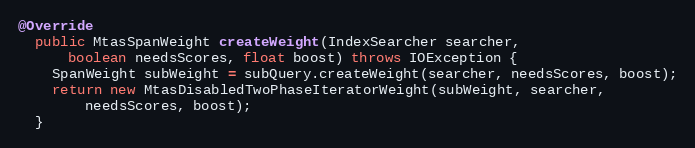
Language: Java
@Override
  public MtasSpanWeight createWeight(IndexSearcher searcher,
      boolean needsScores, float boost) throws IOException {
    SpanWeight subWeight = subQuery.createWeight(searcher, needsScores, boost);
    return new MtasDisabledTwoPhaseIteratorWeight(subWeight, searcher,
        needsScores, boost);
  }